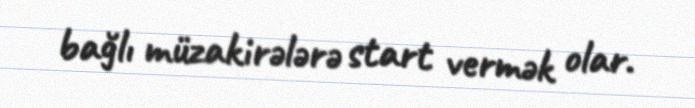
bağlı müzakirələrə start vermək olar.